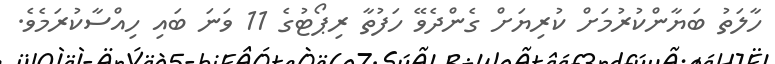
ހާލަތު ބަޔާންކުރުމަށް ކުރިޔަށް ގެންދެވޭ ހަފުތާ ރިޕޯޓުގެ 11 ވަނަ ބައި ހިއްސާކުރަމެވެ.